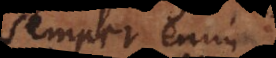
semper enim